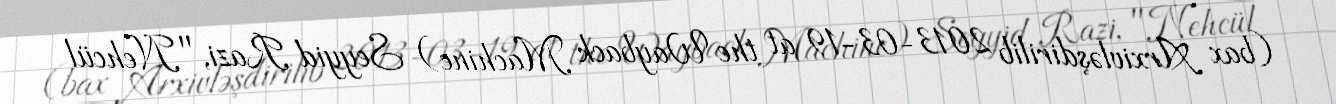
(bax Arxivləşdirilib 2013-03-19 at the Wayback Machine) Seyyid Razi, "Nehcül